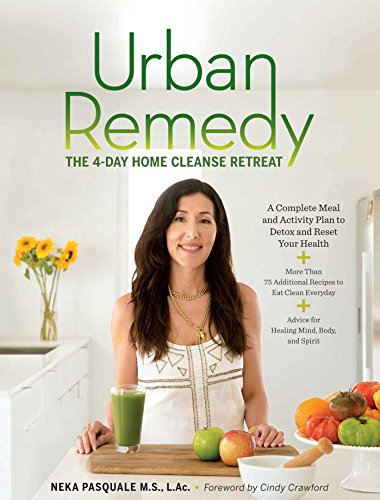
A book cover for Urban Remedy: The 4-Day Home Cleanse Retreat to Detox, Treat Ailments, and Reset Your Health; Neka Pasquale; Cookbooks, Food & Wine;